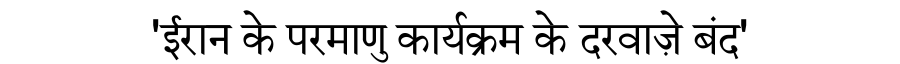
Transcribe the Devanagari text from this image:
'ईरान के परमाणु कार्यक्रम के दरवाज़े बंद'